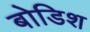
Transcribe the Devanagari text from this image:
बोडिश